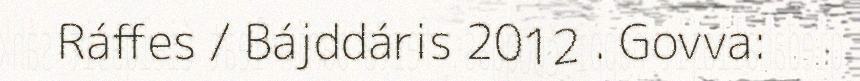
Ráffes / Bájddáris 2012 . Govva: